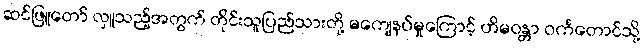
ဆင်ဖြူတော် လှူသည့်အတွက် တိုင်းသူပြည်သားတို့ မကျေနပ်မှုကြောင့် ဟိမဝန္တာ ဝင်္ကတောင်သို့